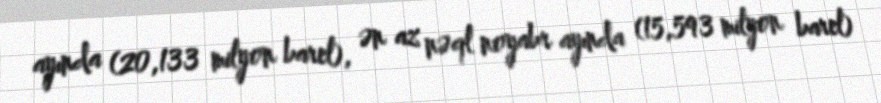
ayında (20,133 milyon barel), ən az nəql noyabr ayında (15,593 milyon barel)